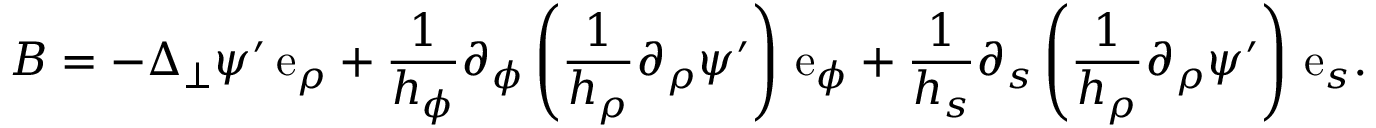
\boldsymbol { B } = - \Delta _ { \perp } \psi ^ { \prime } \, \mathrm { e } _ { \rho } + \frac { 1 } { h _ { \phi } } \partial _ { \phi } \left( \frac { 1 } { h _ { \rho } } \partial _ { \rho } \psi ^ { \prime } \right) \, \mathrm { e } _ { \phi } + \frac { 1 } { h _ { s } } \partial _ { s } \left( \frac { 1 } { h _ { \rho } } \partial _ { \rho } \psi ^ { \prime } \right) \, \mathrm { e } _ { s } .